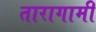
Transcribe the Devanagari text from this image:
तारागामी